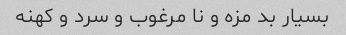
بسیار بد مزه و نا مرغوب و سرد و کهنه